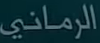
الرمانى